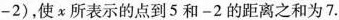
-2)，使x所表示的点到5和-2的距离之和为7.